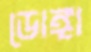
ডোঙ্গা